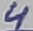
Text: 4